Language: tamil
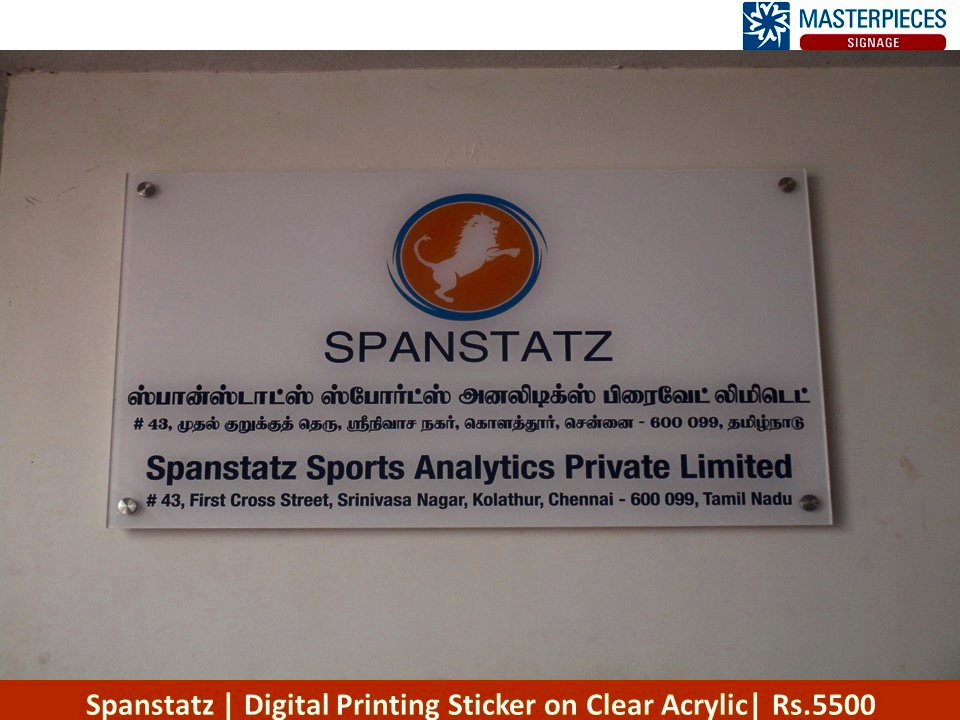
Transcription: ஸ்போா்ட்ஸ் அனலிடிக்ஸ் பிரைவேட் லிமிடெட் முதல் தெரு கொளத்தூா் சென்னை தமிழ்நாடு ஸ்பான்ஸ்டாட்ஸ் ஸ்ரீநிவாச நகா் குறுக்குத்